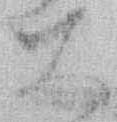
大